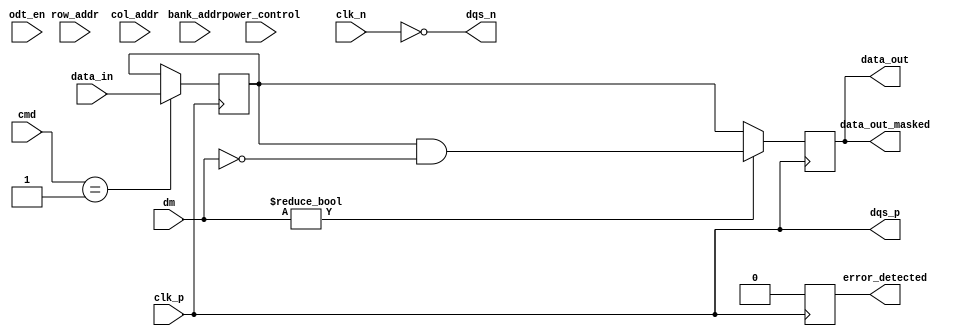
module lpddr5_io_block (
    input wire clk_p,          // Positive differential clock input
    input wire clk_n,          // Negative differential clock input
    input wire [31:0] data_in, // Data input (x32)
    output wire [31:0] data_out,// Data output (x32)
    input wire [1:0] cmd,      // Command input (00: Read, 01: Write, 10: Refresh)
    input wire [3:0] bank_addr, // Bank address
    input wire [15:0] row_addr, // Row address
    input wire [15:0] col_addr, // Column address
    input wire odt_en,         // On-die termination enable
    input wire [3:0] dm,       // Data mask input
    input wire power_control,   // Power management control
    output wire error_detected, // Error detection output
    output wire [31:0] data_out_masked, // Masked data output
    output wire dqs_p,         // DQS positive output
    output wire dqs_n          // DQS negative output
);

// Internal signals
reg [31:0] data_reg;
reg [31:0] data_out_reg;
reg error_flag;

// On-die termination logic
always @(posedge clk_p or negedge clk_n) begin
    if (odt_en) begin
        // Implement ODT logic here
    end
end

// Command interface
always @(posedge clk_p) begin
    case (cmd)
        2'b00: begin // Read command
            // Implement read operation
        end
        2'b01: begin // Write command
            data_reg <= data_in;
            // Implement write operation
        end
        2'b10: begin // Refresh command
            // Implement refresh operation
        end
        default: begin
            // Handle default case
        end
    endcase
end

// Data output logic with masking
always @(posedge clk_p) begin
    if (dm != 4'b0000) begin
        // Apply data masking
        data_out_reg <= data_reg & ~dm;
    end else begin
        data_out_reg <= data_reg;
    end
end

assign data_out = data_out_reg;
assign data_out_masked = data_out_reg;

// Error detection logic (simplified)
always @(posedge clk_p) begin
    // Implement error detection logic here
    error_flag <= 1'b0; // Placeholder
end

assign error_detected = error_flag;

// DQS generation (simplified)
assign dqs_p = clk_p; // Placeholder for DQS generation
assign dqs_n = ~clk_n; // Placeholder for DQS generation

endmodule